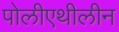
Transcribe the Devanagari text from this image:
पोलीएथीलीन